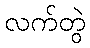
လက်တွဲ